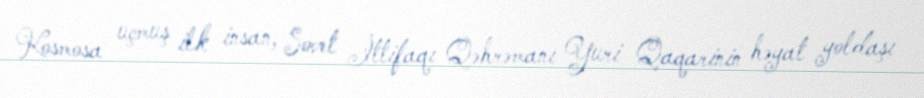
Kosmosa uçmuş ilk insan, Sovet İttifaqı Qəhrəmanı Yuri Qaqarinin həyat yoldaşı